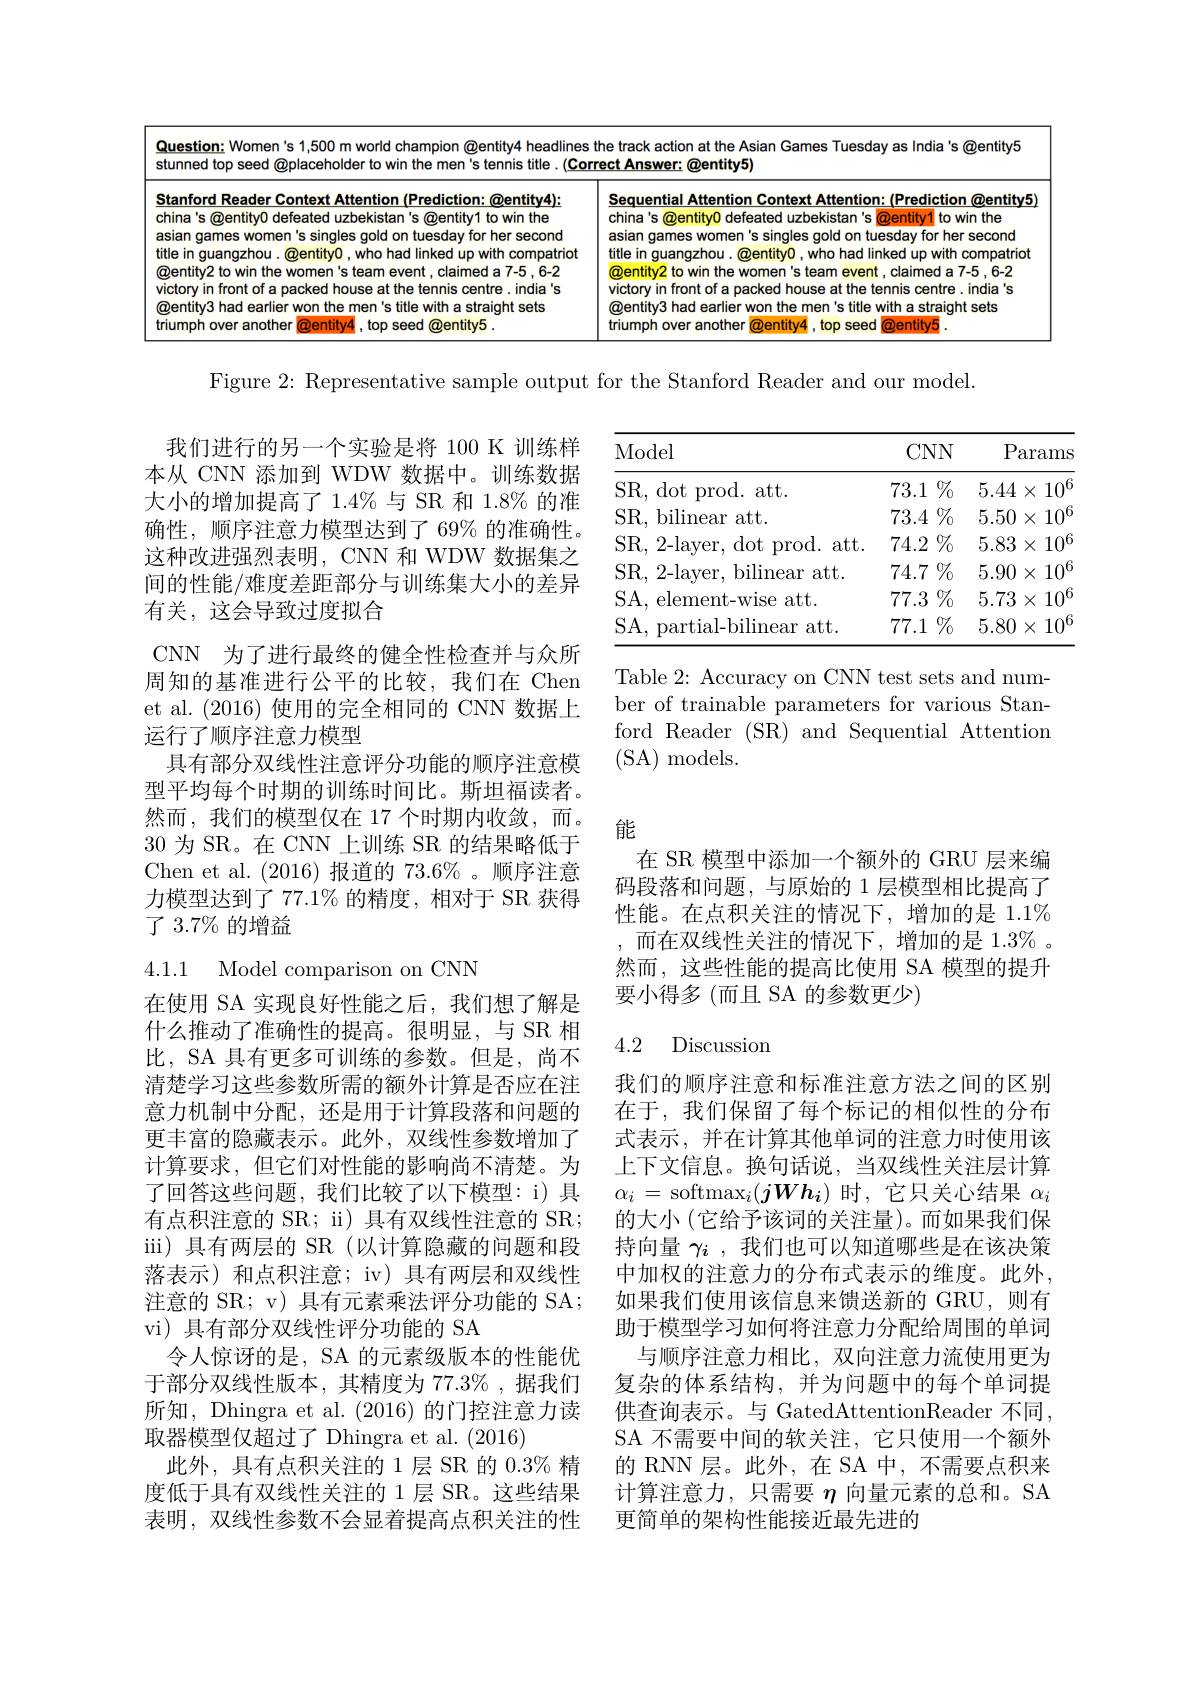
<table>
	<tbody>
		<tr>
			<th>MAL</th>
			<th> </th>
		</tr>
	</tbody>
</table>

Figure 2: Representative sample output for the Stanford Reader and our model.

<table>
	<tbody>
		<tr>
			<th>Model</th>
			<th>$CNN$</th>
			<th>$P.$ $\operatorname{arams}$</th>
		</tr>
		<tr>
			<td>SR, dot prod. att.</td>
			<td>$73.1\%$</td>
			<td>$5.44\times$ $10^{\mathrm{b}}$</td>
		</tr>
		<tr>
			<td>SR, bilinear att.</td>
			<td>$73.4\%$</td>
			<td>5.50 $X$ $10^{6}$</td>
		</tr>
		<tr>
			<td>SR, 2-layer, dot prod. att.</td>
			<td>$74.2\%$</td>
			<td>5.83 $X$ $10^{6}$</td>
		</tr>
		<tr>
			<td>SR, 2-layer, bilinear att.</td>
			<td>$74.7\%$</td>
			<td>5.90 $10^{6}$ $X$</td>
		</tr>
		<tr>
			<td>SA, element-wise att.</td>
			<td>$77.3\%$</td>
			<td>5.73 $X$ $10^{6}$</td>
		</tr>
		<tr>
			<td>SA, partial-bilinear att.</td>
			<td>$\%$ 77.1 11</td>
			<td>5.80 $X$ $10^{\mathrm{b}}$</td>
		</tr>
	</tbody>
</table>

我们进行的另一个实验是将 100 K 训练样本从 CNN 添加到 WDW 数据中。训练数据大小的增加提高了 1.4% 与 SR 和 1.8% 的准确性，顺序注意力模型达到了 69% 的准确性。这种改进强烈表明，CNN 和 WDW 数据集之间的性能/难度差距部分与训练集大小的差异有关，这会导致过度拟合
CNN 为了进行最终的健全性检查并与众所周知的基准进行公平的比较，我们在 Chen et al.(2016) 使用的完全相同的 CNN 数据上运行了顺序注意力模型
具有部分双线性注意评分功能的顺序注意模型平均每个时期的训练时间比。斯坦福读者。然而，我们的模型仅在 17 个时期内收敛，而。30 为 SR。在 CNN 上训练 SR 的结果略低于Chen et al. (2016)报道的 73.6% 。顺序注意力模型达到了 77.1% 的精度，相对于 SR 获得了 3.7% 的增益

Table 2: Accuracy on CNN test sets and number of trainable parameters for various Stanford Reader (SR) and Sequential Attention (SA) models.

能

在 SR 模型中添加一个额外的 GRU 层来编码段落和问题，与原始的 1 层模型相比提高了性能。在点积关注的情况下，增加的是 1.1% 而在双线性关注的情况下，增加的是 1.3% 。然而，这些性能的提高比使用 SA 模型的提升要小得多(而且 SA 的参数更少)

4.1.1 Model comparison on CNN

### 4.2 Discussion

在使用 SA 实现良好性能之后，我们想了解是什么推动了准确性的提高。很明显，与 SR 相比，SA 具有更多可训练的参数。但是，尚不清楚学习这些参数所需的额外计算是否应在注意力机制中分配，还是用于计算段落和问题的更丰富的隐藏表示。此外，双线性参数增加了计算要求，但它们对性能的影响尚不清楚。为了回答这些问题，我们比较了以下模型：i) 具有点积注意的 SR; ii) 具有双线性注意的 SR; iii)具有两层的 SR (以计算隐藏的问题和段落表示)和点积注意；iv) 具有两层和双线性注意的 SR; v) 具有元素乘法评分功能的 SA; vi) 具有部分双线性评分功能的 SA
令人惊讶的是，SA 的元素级版本的性能优于部分双线性版本，其精度为 77.3%,据我们所知，Dhingra et al. (2016)的门控注意力读取器模型仅超过了 Dhingra et al. (2016)
此外，具有点积关注的 1层 SR 的$0.3\%$精度低于具有双线性关注的 1 层 SR。这些结果表明，双线性参数不会显着提高点积关注的性

我们的顺序注意和标准注意方法之间的区别在于，我们保留了每个标记的相似性的分布式表示，并在计算其他单词的注意力时使用该上下文信息。换句话说，当双线性关注层计算$\alpha_i=\operatorname{softmax}_i(j\boldsymbol{Wh}_i)$时，它只关心结果$\alpha_i$ 的大小 (它给予该词的关注量)。而如果我们保持向量$\gamma_i$ ,我们也可以知道哪些是在该决策中加权的注意力的分布式表示的维度。此外， 如果我们使用该信息来馈送新的 GRU,则有助于模型学习如何将注意力分配给周围的单词
与顺序注意力相比，双向注意力流使用更为复杂的体系结构，并为问题中的每个单词提供查询表示。与 GatedAttentionReader 不同， SA 不需要中间的软关注，它只使用一个额外的 RNN 层。此外，在 SA 中，不需要点积来计算注意力，只需要$\eta$向量元素的总和。SA 更简单的架构性能接近最先进的